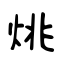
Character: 烑